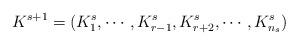
LaTeX: \begin{align*}K^{s+1}=(K^s_{1},\cdots,K^s_{r-1},K^s_{r+2},\cdots,K^s_{n_s}) \end{align*}